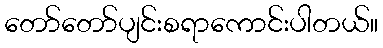
တော်တော်ပျင်းစရာကောင်းပါတယ်။